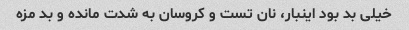
خیلی بد بود اینبار، نان تست و کروسان به شدت مانده و بد مزه